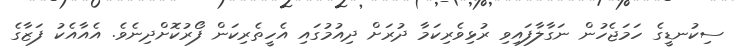
ސިކުނޑީގެ ހަމަޖެހުން ނަގާލާފައިވި ރުޅިވެރިކަމާ ދުރަށް ދިއުމުގައި އެހީތެރިކަން ފޯރުކޮށްދިނެވެ. އެއާއެކު ފަޒާގެ